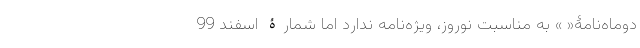
دوماه‌نامۀ« » به مناسبت نوروز، ویژه‌نامه ندارد اما شمارۀ اسفند 99